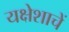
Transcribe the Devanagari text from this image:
यक्षेशाचें